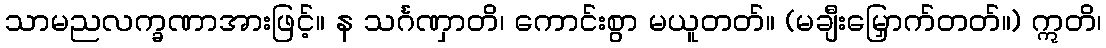
သာမညလက္ခဏာအားဖြင့်။ န သင်္ဂဏှာတိ၊ ကောင်းစွာ မယူတတ်။ (မချီးမြှောက်တတ်။) ဣတိ၊